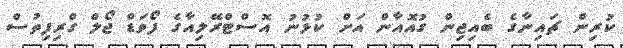
ކުރިން ޗައިނާގެ ބެއިޖިން ގުއޮއާން އަށް ކުޅުނު އޮސްޓްރޭލިއާގެ ފޯވަޑް ޖޯލް ގްރިފިތުސް